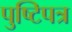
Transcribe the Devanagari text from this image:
पुष्टिपत्र